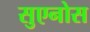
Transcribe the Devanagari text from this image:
सुएनोस